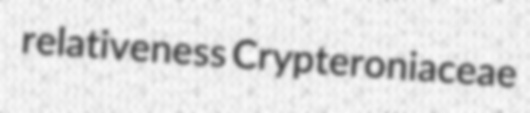
relativeness Crypteroniaceae